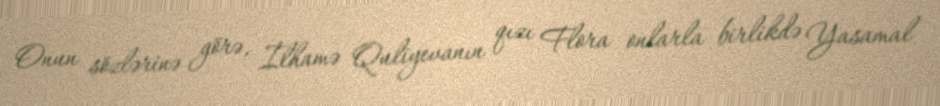
Onun sözlərinə görə, İlhamə Quliyevanın qızı Flora onlarla birlikdə Yasamal